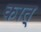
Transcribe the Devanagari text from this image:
कात्‌